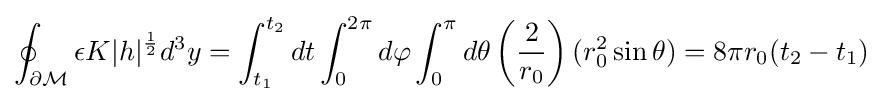
\oint _{\partial {\mathcal {M}}}\epsilon K|h|^{1 \over 2}d^{3}y=\int _{t_{1}}^{t_{2}}dt\int _{0}^{2\pi }d\varphi \int _{0}^{\pi }d\theta \left({2 \over r_{0}}\right)(r_{0}^{2}\sin \theta )=8\pi r_{0}(t_{2}-t_{1})